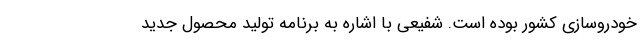
خودروسازی کشور بوده است. شفیعی با اشاره به برنامه تولید محصول جدید